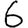
Digit: 6